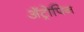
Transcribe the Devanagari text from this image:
अॅट्रोपिन